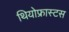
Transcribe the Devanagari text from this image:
थियोफ्रास्टस